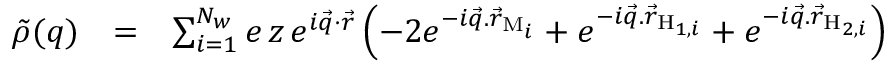
\begin{array} { r l r } { \tilde { \rho } ( q ) } & { = } & { \sum _ { i = 1 } ^ { N _ { w } } e \, z \, e ^ { i \vec { q } \cdot \vec { r } } \left( - 2 e ^ { - i \vec { q } . \vec { r } _ { \mathrm { M } _ { i } } } + e ^ { - i \vec { q } . \vec { r } _ { \mathrm { H } _ { 1 , i } } } + e ^ { - i \vec { q } . \vec { r } _ { \mathrm { H } _ { 2 , i } } } \right) } \end{array}